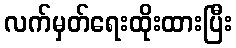
လက်မှတ်ရေးထိုးထားပြီး